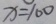
x = 1 0 0